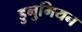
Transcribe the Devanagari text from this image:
डुनुमियन